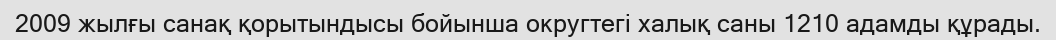
2009 жылғы санақ қорытындысы бойынша округтегі халық саны 1210 адамды құрады.